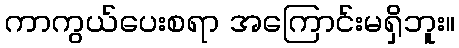
ကာကွယ်ပေးစရာ အကြောင်းမရှိဘူး။